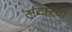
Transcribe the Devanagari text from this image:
लदारचा